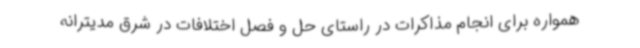
همواره برای انجام مذاکرات در راستای حل و فصل اختلافات در شرق مدیترانه